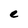
Character: e